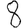
Digit: 8